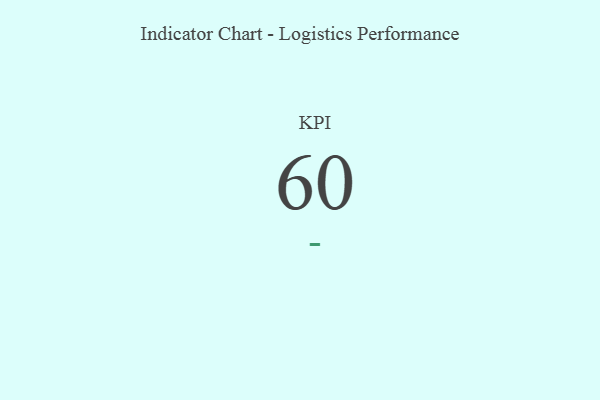
{"axis": {"x": "KPI", "y": "Value"}, "legend": [""], "data": [{"x": "KPI", "y": 60, "type": ""}]}